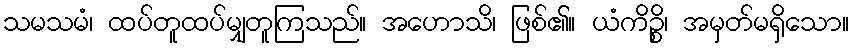
သမသမံ၊ ထပ်တူထပ်မျှတူကြသည်။ အဟောသိ၊ ဖြစ်၏။ ယံကိဉ္စိ၊ အမှတ်မရှိသော။